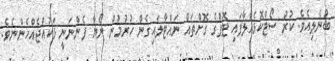
ބުނެލިއެވެ. ކުރު ސޯޓްކޮޅެއްލާފައި ޓޮޕްގެ ގޮށްތައް ނައްޓާލައިގެން ހުރުމުން ނޯޔާ ފެންނަނީ ޅަކުއްޖެއްހެންނެވެ.